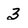
Character: 3